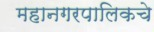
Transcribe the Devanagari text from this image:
महानगरपालिकचे